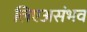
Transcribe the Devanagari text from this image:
लिएअसंभव